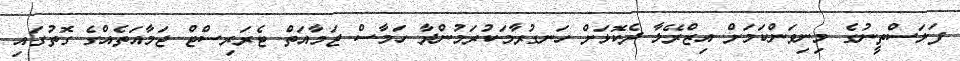
ފަލަސްތީނުގެ މިނިވަންކަމަށް އިޒްރޭލާ ދެކޮޅަށް ހަނގުރާމަކުރަމުންދާ ހަމާސް ޖަމާއަތް ޓެރަރިސްޓް ޖަމާއަތެއްގެ ގޮތުގައި